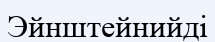
Эйнштейнийді